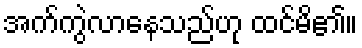
အက်ကွဲလာနေသည်ဟု ထင်မိ၏။